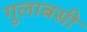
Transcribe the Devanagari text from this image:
गुलाबसी